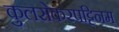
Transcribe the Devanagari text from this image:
कुलसेकरपट्टिनम